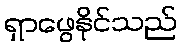
ရှာဖွေနိုင်သည်